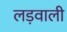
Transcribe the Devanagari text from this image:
लड़वाली